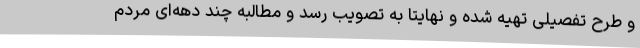
و طرح تفصیلی تهیه شده و نهایتا به تصویب رسد و مطالبه چند دهه‌ای مردم